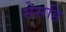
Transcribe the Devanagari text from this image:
सेसहि